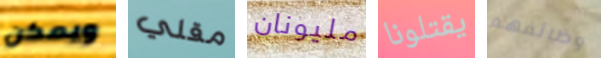
ويمكن مقلي مليونان يقتلونا وظائفهم